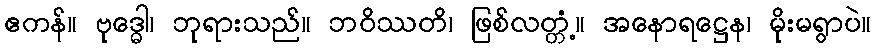
ဧကန်။ ဗုဒ္ဓေါ၊ ဘုရားသည်။ ဘဝိဿတိ၊ ဖြစ်လတ္တံ့။ အနောရဋ္ဌေန၊ မိုးမရွာပဲ။